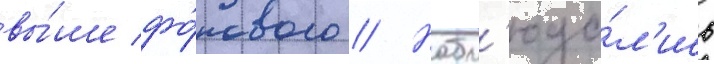
вы́ше фо́нового // Набл'юда́л'ись